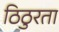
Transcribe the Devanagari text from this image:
ठिठुरता